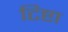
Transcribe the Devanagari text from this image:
टिष्टा